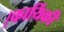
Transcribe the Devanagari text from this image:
।कार्यिकी